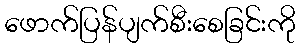
ဖောက်ပြန်ပျက်စီးစေခြင်းကို